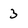
Character: 3